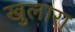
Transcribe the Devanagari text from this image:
खुलारा